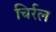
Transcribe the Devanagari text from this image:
चिर्रल